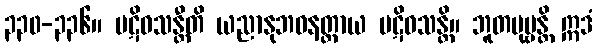
၃၃၀-၃၃၆။ ပဋိဝသန္တီတိ ယညာနုဘဝနတ္ထာယ ပဋိဝသန္တိ။ ဘူတပုဗ္ဗန္တိ ဣဒံ